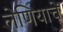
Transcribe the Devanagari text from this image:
लेणियाचें